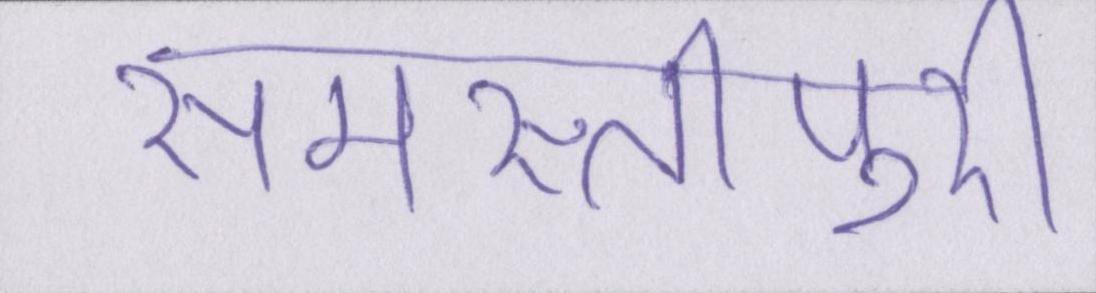
समस्तीपुरी